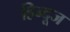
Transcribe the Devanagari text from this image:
हिन्दूज